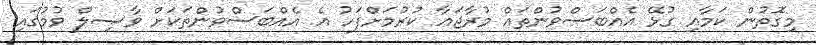
މިގޮތުން ކަމާއި ގުޅޭ އެއްބަސްވުންތައް މުރާޖަޢާ ކުރުމަށްފަހު އެ އެއްބަސްވުންތަކަށް ވާޞިލް ވުމުގައި